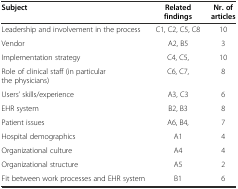
<table><thead><tr><td><b>Subject</b></td><td><b>Related findings</b></td><td><b>Nr. of articles</b></td></tr></thead><tbody><tr><td>Leadership and involvement in the process</td><td>C1, C2, C5, C8</td><td>10</td></tr><tr><td>Vendor</td><td>A2, B5</td><td>3</td></tr><tr><td>Implementation strategy</td><td>C4, C5,</td><td>10</td></tr><tr><td>Role of clinical staff (in particular the physicians)</td><td>C6, C7,</td><td>8</td></tr><tr><td>Users’ skills/experience</td><td>A3, C3</td><td>6</td></tr><tr><td>EHR system</td><td>B2, B3</td><td>8</td></tr><tr><td>Patient issues</td><td>A6, B4,</td><td>7</td></tr><tr><td>Hospital demographics</td><td>A1</td><td>4</td></tr><tr><td>Organizational culture</td><td>A4</td><td>4</td></tr><tr><td>Organizational structure</td><td>A5</td><td>2</td></tr><tr><td>Fit between work processes and EHR system</td><td>B1</td><td>6</td></tr></tbody></table>